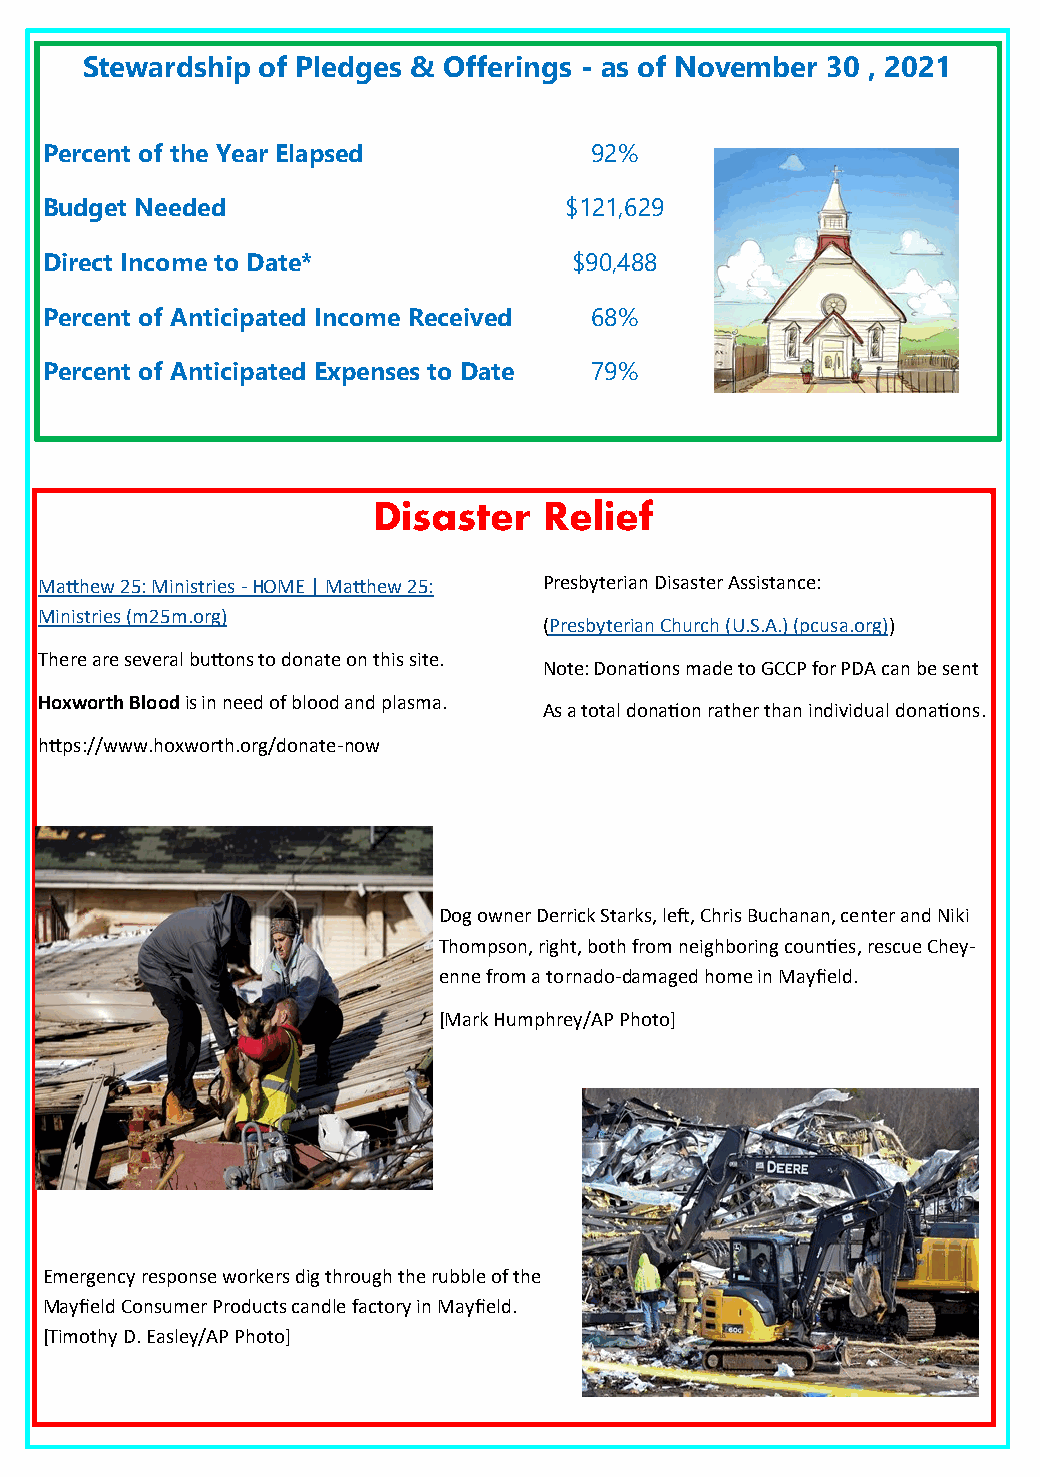
Stewardship of Pledges & Offerings - as of November 30 , 2021
 Percent of the Year Elapsed         92%
 Budget Needed                     $121,629
 Direct Income to Date*             $90,488
 Percent of Anticipated Income Received 68%
 Percent of Anticipated Expenses to Date 79%
 Disaster   Relief
 Matthew 25: Ministries - HOME | Matthew 25: Presbyterian Disaster Assistance:
 Ministries (m25m.org)
 (Presbyterian Church (U.S.A.) (pcusa.org))
 There are several buttons to donate on this site.
 Note: Donations made to GCCP for PDA can be sent
 Hoxworth Blood is in need of blood and plasma.
 As a total donation rather than individual donations.
 https://www.hoxworth.org/donate-now
 Dog owner Derrick Starks, left, Chris Buchanan, center and Niki
 Thompson, right, both from neighboring counties, rescue Chey-
 enne from a tornado-damaged home in Mayfield.
 [Mark Humphrey/AP Photo]
 Emergency response workers dig through the rubble of the
 Mayfield Consumer Products candle factory in Mayfield.
 [Timothy D. Easley/AP Photo]